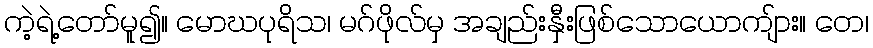
ကဲ့ရဲ့တော်မူ၍။ မောဃပုရိသ၊ မဂ်ဖိုလ်မှ အချည်းနှီးဖြစ်သောယောကျ်ား။ တေ၊